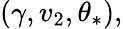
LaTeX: (\gamma,v_{2},\theta_{\ast}),